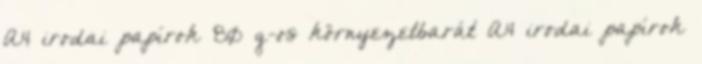
A4 irodai papírok 80 g-os környezetbarát A4 irodai papírok